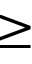
\geq